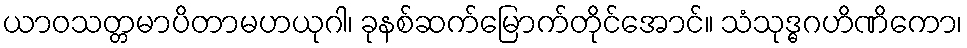
ယာဝသတ္တမာပိတာမဟယုဂါ၊ ခုနစ်ဆက်မြောက်တိုင်အောင်။ သံသုဒ္ဓဂဟိဏိကော၊